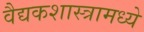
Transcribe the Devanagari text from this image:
वैद्यकशास्त्रामध्ये